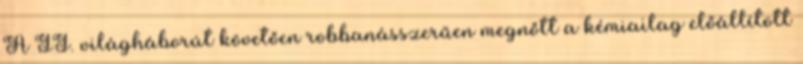
A II. világháborút követően robbanásszerűen megnőtt a kémiailag előállított